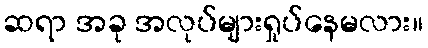
ဆရာ အခု အလုပ်များရှုပ်နေမလား။